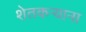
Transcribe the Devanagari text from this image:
शेतकऱ्याना